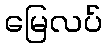
မြေလပ်